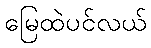
မြေထဲပင်လယ်